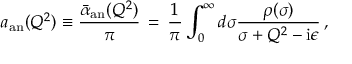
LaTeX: a _ { \mathrm { a n } } ( Q ^ { 2 } ) \equiv \frac { \bar { \alpha } _ { \mathrm { a n } } ( Q ^ { 2 } ) } { \pi } \, = \, \frac { 1 } { \pi } \int _ { 0 } ^ { \infty } d \sigma \frac { \rho ( \sigma ) } { \sigma + Q ^ { 2 } - \mathrm { i } \epsilon } \, ,